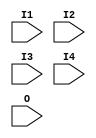
// $Header: /devl/xcs/repo/env/Databases/CAEInterfaces/verunilibs/s/FMAP.v,v 1.8.22.1 2003/11/18 20:41:34 wloo Exp $

/*

FUNCTION	: FMAP dummy simulation module

*/

`timescale  100 ps / 10 ps


module FMAP (I1, I2, I3, I4, O);

    input  I1, I2, I3, I4, O;

endmodule